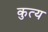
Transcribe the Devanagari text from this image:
कुत्य